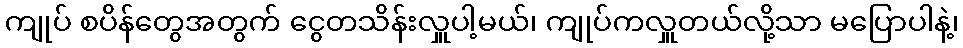
ကျုပ် စပိန်တွေအတွက် ငွေတသိန်းလှူပါ့မယ်၊ ကျုပ်ကလှူတယ်လို့သာ မပြောပါနဲ့၊